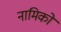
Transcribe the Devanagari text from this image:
नामिको